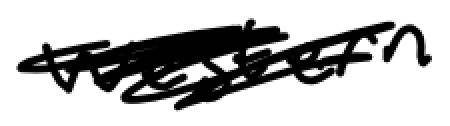
Text: western
Cross-out: scratch
Writing tool: digital_black